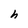
Character: h